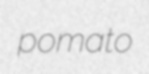
pomato